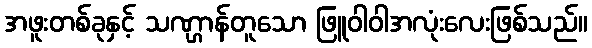
အဖူးတစ်ခုနှင့် သဏ္ဌာန်တူသော ဖြူဝါဝါအလုံးလေးဖြစ်သည်။